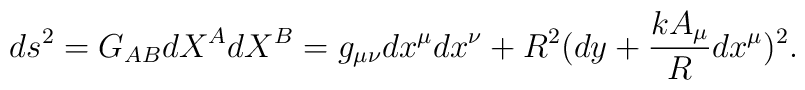
ds^2=G_{AB}{dX^A}{dX^B}=g_{\mu \nu} dx^\mu dx^\nu + R^2 (dy + \frac{k A_\mu}{R} dx^\mu )^2 .